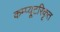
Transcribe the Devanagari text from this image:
कम्प्यूटरिकृत